Reports on dispensaries and lunatic asylums in the Province of Oudh - 1869-1876
Year: 1869
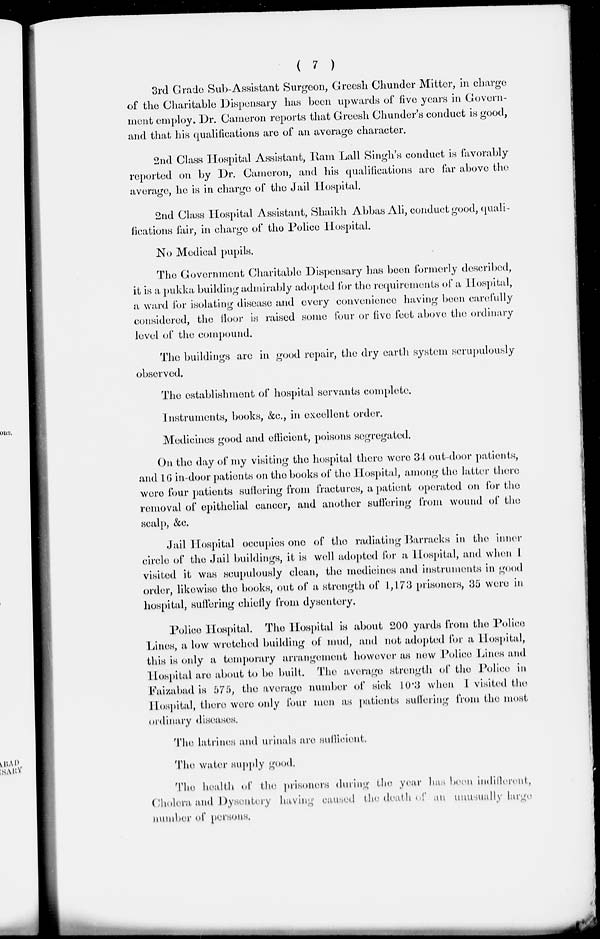
( 7 )
3rd Grade Sub-Assistant Surgeon, Greesh Chunder Mitter, in charge
of the Charitable Dispensary has been upwards of five years in Govern-
ment employ. Dr. Cameron reports that Greesh Chunder's conduct is good,
and that his qualifications are of an average character.
2nd Class Hospital Assistant, Ram Lall Singh's conduct is favorably
reported on by Dr. Cameron, and his qualifications are far above the
average, he is in charge of the Jail Hospital.
2nd Class Hospital Assistant, Shaikh Abbas Ali, conduct good, quali-
fications fair, in charge of the Police Hospital.
No Medical pupils.
The Government Charitable Dispensary has been formerly described,
it is a pukka building admirably adopted for the requirements of a Hospital,
a ward for isolating disease and every convenience having been carefully
considered, the floor is raised some four or five feet above the ordinary
level of the compound.
The buildings are in good repair, the dry earth system scrupulously
observed.
The establishment of hospital servants complete.
Instruments, books, &c., in excellent order.
Medicines good and efficient, poisons segregated.
On the day of my visiting the hospital there were 34 out-door patients,
and 16 in-door patients on the books of the Hospital, among the latter there
there four patients suffering from fractures, a patient operated on for the
removal of epithelial cancer, and another suffering from wound of the
scalp, &c.
Jail Hospital occupies one of the radiating Barracks in the inner
circle of the Jail buildings, it is well adopted for a Hospital, and when I
visited it was scupulously clean, the medicines and instruments in good
order, likewise the books, out of a strength of 1,173 prisoners, 35 were in
hospital, suffering chiefly from dysentery.
Police Hospital. The Hospital is about 200 yards from the Police
Lines, a low wretched building of mud, and not adopted for a Hospital,
this is only a temporary arrangement however as new Police Lines and
Hospital are about to be built. The average strength of the Police in
Faizabad is 575, the average number of sick 10.3 when I visited the
Hospital, there were only four men as patients suffering from the most
ordinary diseases.
The latrines and urinals are sufficient.
The water supply good.
The health of the prisoners during the year has been indifferent,
Cholera and Dysentery having caused the death of an unusually large
number of persons.